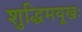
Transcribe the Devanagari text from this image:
शुद्धिमयूखः